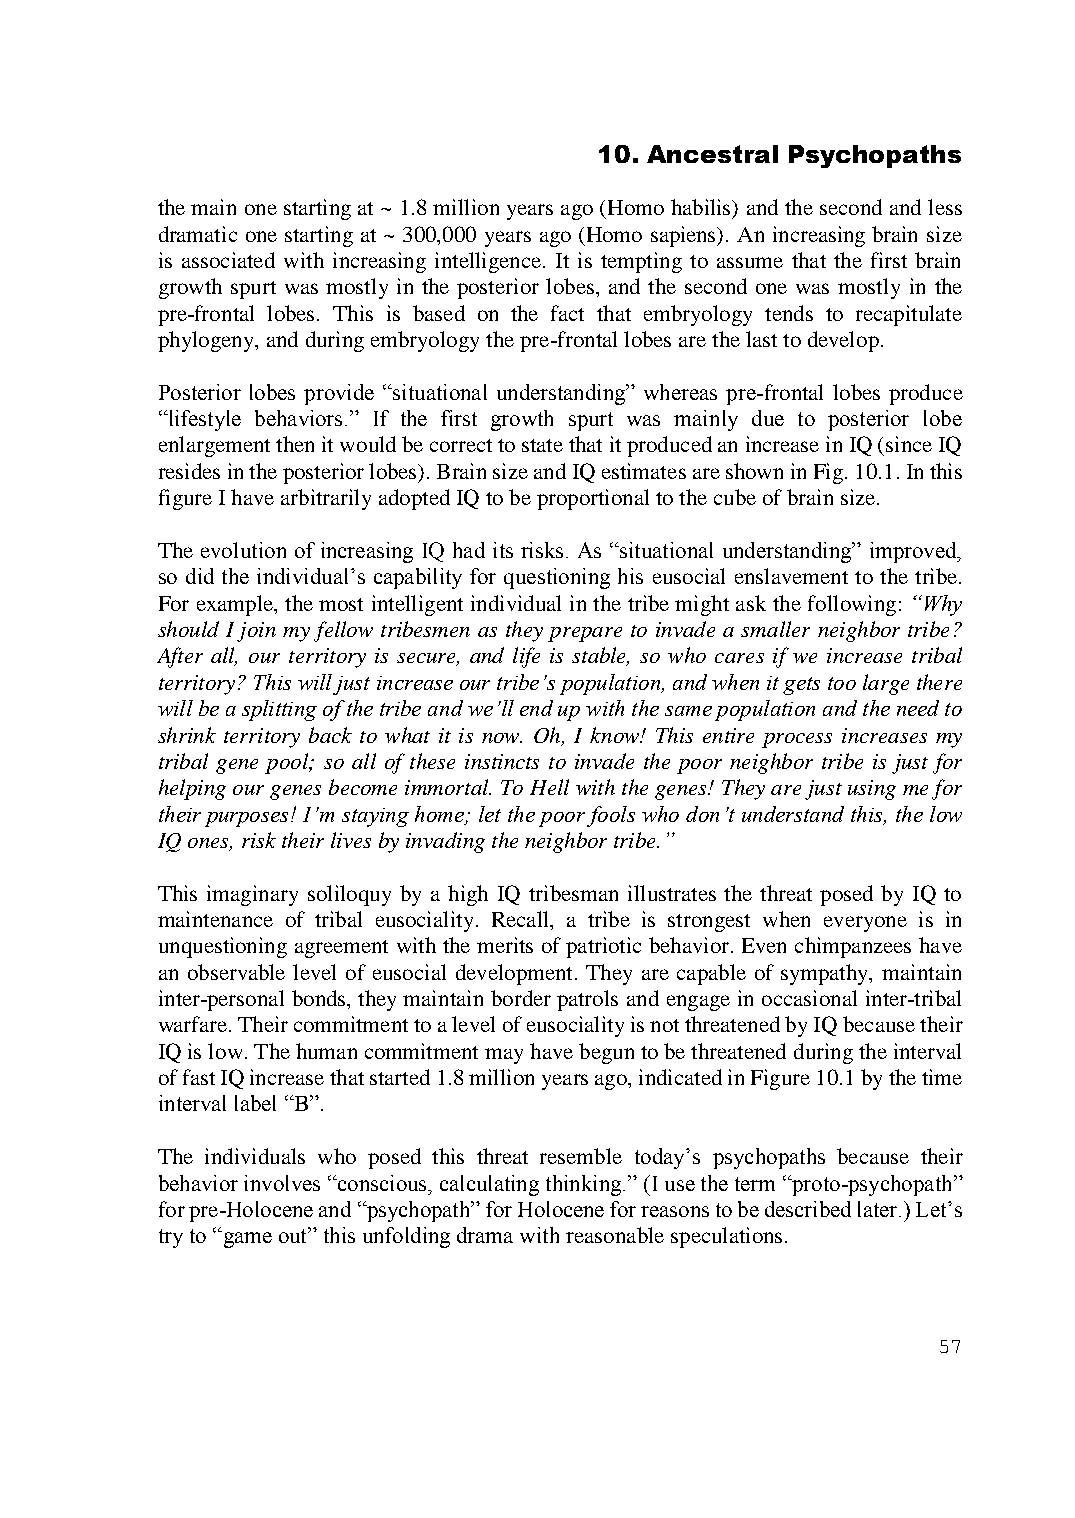
10. Ancestral Psychopaths
 the main one starting at ~ 1.8 million years ago (Homo habilis) and the second and less
 dramatic one starting at ~ 300,000 years ago (Homo sapiens). An increasing brain size
 is associated with increasing intelligence. It is tempting to assume that the first brain
 growth spurt was mostly in the posterior lobes, and the second one was mostly in the
 pre-frontal lobes. This is based on the fact that embryology tends to recapitulate
 phylogeny, and during embryology the pre-frontal lobes are the last to develop.
 Posterior lobes provide “situational understanding” whereas pre-frontal lobes produce
 “lifestyle behaviors.” If the first growth spurt was mainly due to posterior lobe
 enlargement then it would be correct to state that it produced an increase in IQ (since IQ
 resides in the posterior lobes). Brain size and IQ estimates are shown in Fig. 10.1. In this
 figure I have arbitrarily adopted IQ to be proportional to the cube of brain size.
 The evolution of increasing IQ had its risks. As “situational understanding” improved,
 so did the individual’s capability for questioning his eusocial enslavement to the tribe.
 For example, the most intelligent individual in the tribe might ask the following: “Why
 should I join my fellow tribesmen as they prepare to invade a smaller neighbor tribe?
 After all, our territory is secure, and life is stable, so who cares if we increase tribal
 territory? This will just increase our tribe’s population, and when it gets too large there
 will be a splitting of the tribe and we’ll end up with the same population and the need to
 shrink territory back to what it is now. Oh, I know! This entire process increases my
 tribal gene pool; so all of these instincts to invade the poor neighbor tribe is just for
 helping our genes become immortal. To Hell with the genes! They are just using me for
 their purposes! I’m staying home; let the poor fools who don’t understand this, the low
 IQ ones, risk their lives by invading the neighbor tribe.”
 This imaginary soliloquy by a high IQ tribesman illustrates the threat posed by IQ to
 maintenance of tribal eusociality. Recall, a tribe is strongest when everyone is in
 unquestioning agreement with the merits of patriotic behavior. Even chimpanzees have
 an observable level of eusocial development. They are capable of sympathy, maintain
 inter-personal bonds, they maintain border patrols and engage in occasional inter-tribal
 warfare. Their commitment to a level of eusociality is not threatened by IQ because their
 IQ is low. The human commitment may have begun to be threatened during the interval
 of fast IQ increase that started 1.8 million years ago, indicated in Figure 10.1 by the time
 interval label “B”.
 The individuals who posed this threat resemble today’s psychopaths because their
 behavior involves “conscious, calculating thinking.” (I use the term “proto-psychopath”
 for pre-Holocene and “psychopath” for Holocene for reasons to be described later.) Let’s
 try to “game out” this unfolding drama with reasonable speculations.
 57